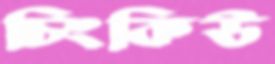
চিংকিউ